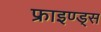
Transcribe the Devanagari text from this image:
फ्राइण्ड्स